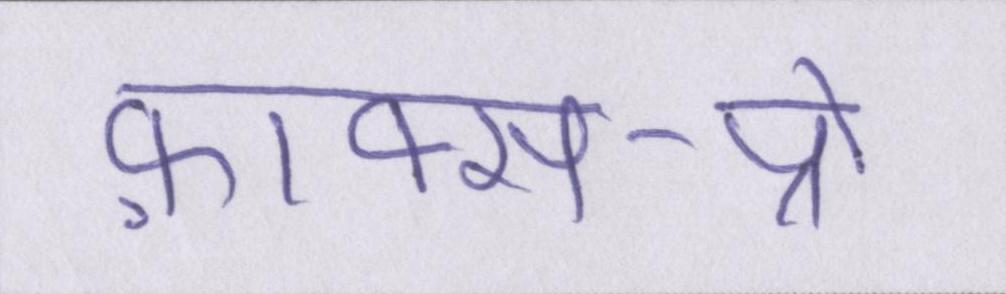
फ़ाक्स-प्रो